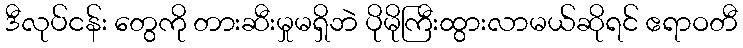
ဒီလုပ်ငန်း တွေကို တားဆီးမှုမရှိဘဲ ပိုမိုကြီးထွားလာမယ်ဆိုရင် ဧရာဝတီ